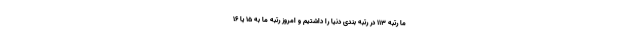
ما رتبه ۱۱۳ در رتبه بندی دنیا را داشتیم و امروز رتبه ما به ۱۵ یا ۱۶